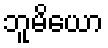
ဘူမိယော